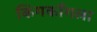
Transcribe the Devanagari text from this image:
किंगकाँगला